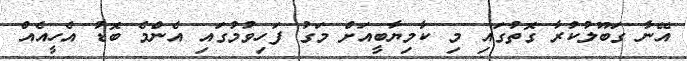
އޭނާ ގަބޫލުކުރާ ގޮތުގައި މި ކާމިޔާބީއަށް މަގު ފަހިވުމުގައި އެންމެ ބޮޑު އެހީއެއް